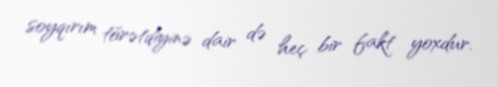
soyqırım törətdiyinə dair də heç bir fakt yoxdur.